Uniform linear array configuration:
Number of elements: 16
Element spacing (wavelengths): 0.5
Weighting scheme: uniform
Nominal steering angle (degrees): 45
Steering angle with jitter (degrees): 43.447
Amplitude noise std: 0.05
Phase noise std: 0.05

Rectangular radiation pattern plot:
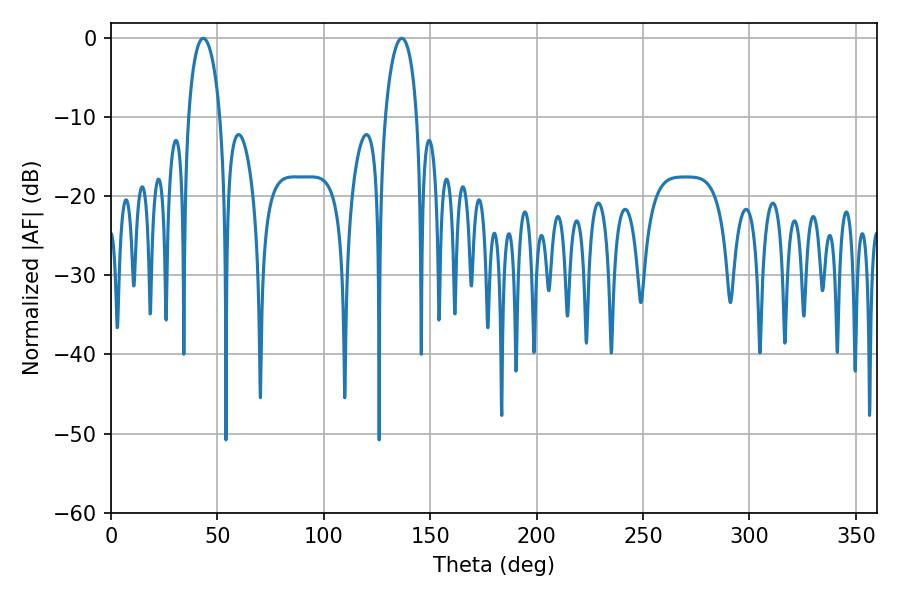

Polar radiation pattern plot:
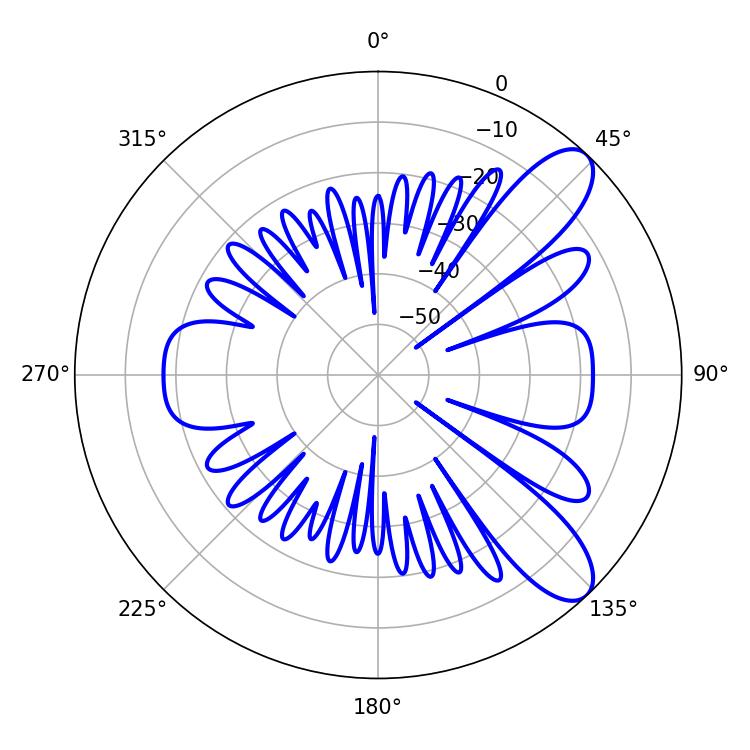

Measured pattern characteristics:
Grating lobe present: FALSE
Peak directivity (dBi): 9.412
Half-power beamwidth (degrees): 8.46
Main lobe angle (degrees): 43.38